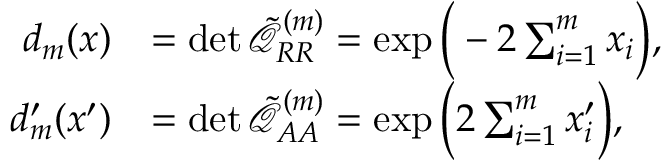
\begin{array} { r l } { d _ { m } ( x ) } & { = \operatorname* { d e t } \tilde { \mathcal { Q } } _ { R R } ^ { ( m ) } = \exp \Big ( - 2 \sum _ { i = 1 } ^ { m } x _ { i } \Big ) , } \\ { d _ { m } ^ { \prime } ( x ^ { \prime } ) } & { = \operatorname* { d e t } \tilde { \mathcal { Q } } _ { A A } ^ { ( m ) } = \exp \Big ( 2 \sum _ { i = 1 } ^ { m } x _ { i } ^ { \prime } \Big ) , } \end{array}